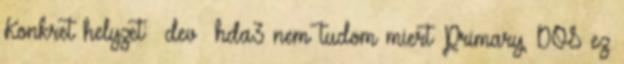
Konkret helyzet: dev hda3 nem tudom miert Primary, DOS ez